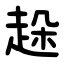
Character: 趓